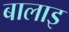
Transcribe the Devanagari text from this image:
बालाइ